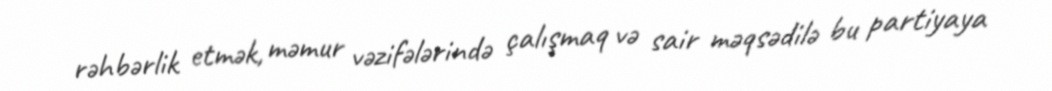
rəhbərlik etmək, məmur vəzifələrində çalışmaq və sair məqsədilə bu partiyaya